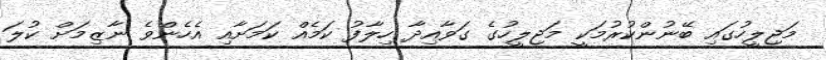
މަޖިލީހުގައި ބޭނުންކުރުމަކީ މަޖިލީހުގެ ގަވާއިދާ ހިލާފު ކަމެއް ކަމަށާއި އެހެންވެ ނާޒިމަށް ކުލަ